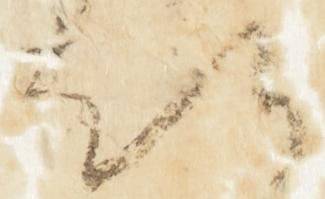
知